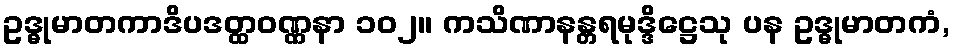
ဥဒ္ဓုမာတကာဒိပဒတ္ထဝဏ္ဏနာ ၁၀၂။ ကသိဏာနန္တရမုဒ္ဒိဋ္ဌေသု ပန ဥဒ္ဓုမာတကံ,